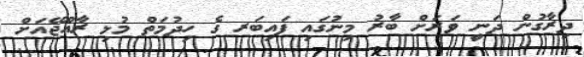
ދިރާގުން ދަނީ ވަރަށް ބާރު މިނުގައި ފައިބަރ ގެ ހިދުމަތް މުޅި ރާއްޖޭއަށް